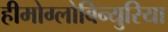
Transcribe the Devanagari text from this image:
हीमोग्लोबिन्युरिया